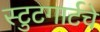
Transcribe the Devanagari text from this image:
स्टुटगार्टचे